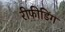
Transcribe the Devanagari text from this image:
रीफीडिंग